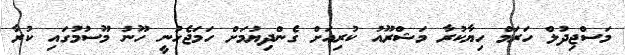
މަސްޖިދުލް ހަރަމް ހިޔާކުރާ މަޝްރޫއު ކުރިއަށް ގެންދިޔުމަށް ހަމަޖެހުނީ ހޫނު މޫސުމުގައި ކުރާ